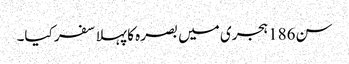
سن186 ہجری میں بصرہ کا پہلا سفر کیا۔